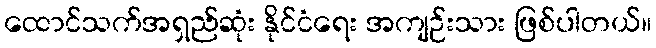
ထောင်သက်အရှည်ဆုံး နိုင်ငံရေး အကျဉ်းသား ဖြစ်ပါတယ်။